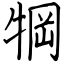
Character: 犅